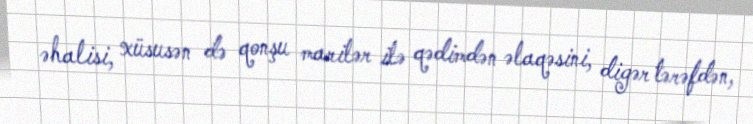
əhalisi, xüsusən də qonşu marilər ilə qədimdən əlaqəsini, digər tərəfdən,